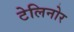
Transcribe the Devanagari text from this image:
टेलिनोर